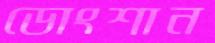
ডোংশান